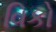
વિકો